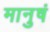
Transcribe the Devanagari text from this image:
मानुषं